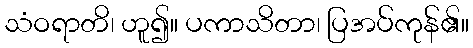
သံဝရာတိ၊ ဟူ၍။ ပကာသိတာ၊ ပြအပ်ကုန်၏။